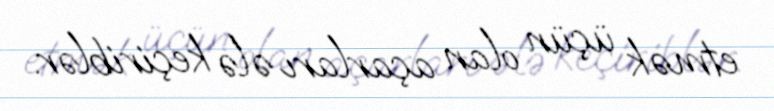
etmək üçün olan açarları ələ keçiriblər.